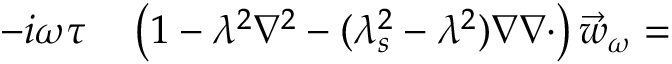
\begin{array} { r l } { - i \omega \tau } & { { } \left( 1 - \lambda ^ { 2 } \nabla ^ { 2 } - ( \lambda _ { s } ^ { 2 } - \lambda ^ { 2 } ) \nabla \nabla \cdot \right) \vec { w } _ { \omega } = } \end{array}